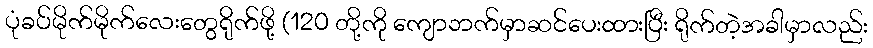
ပုံခပ်မိုက်မိုက်လေးတွေရိုက်ဖို့ (120 တို့ကို ကျောဘက်မှာဆင်ပေးထားပြီး ရိုက်တဲ့အခါမှာလည်း